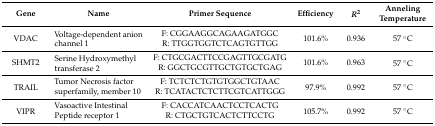
<table><thead><tr><td><b>Gene</b></td><td><b>Name</b></td><td><b>Primer Sequence</b></td><td><b>Efficiency</b></td><td><b><i>R</i><sup>2</sup></b></td><td><b>Anneling Temperature</b></td></tr></thead><tbody><tr><td rowspan="2">VDAC</td><td rowspan="2">Voltage-dependent anion channel 1</td><td>F: CGGAAGGCAGAAGATGGC</td><td rowspan="2">101.6%</td><td rowspan="2">0.936</td><td rowspan="2">57 °C</td></tr><tr><td>R: TTGGTGGTCTCAGTGTTGG</td></tr><tr><td rowspan="2">SHMT2</td><td rowspan="2">Serine Hydroxymethyl transferase 2</td><td>F: CTGCGACTTCCGAGTTGCGATG</td><td rowspan="2">101.6%</td><td rowspan="2">0.963</td><td rowspan="2">57 °C</td></tr><tr><td>R: GGCTGCGTTGCTGTGCTGAG</td></tr><tr><td rowspan="2">TRAIL</td><td rowspan="2">Tumor Necrosis factor superfamily, member 10</td><td>F: TCTCTCTGTGTGGCTGTAAC</td><td rowspan="2">97.9%</td><td rowspan="2">0.992</td><td rowspan="2">57 °C</td></tr><tr><td>R: TCATACTCTCTTCGTCATTGGG</td></tr><tr><td rowspan="2">VIPR</td><td rowspan="2">Vasoactive Intestinal Peptide receptor 1</td><td>F: CACCATCAACTCCTCACTG</td><td rowspan="2">105.7%</td><td rowspan="2">0.992</td><td rowspan="2">57 °C</td></tr><tr><td>R: CTGCTGTCACTCTTCCTG</td></tr></tbody></table>